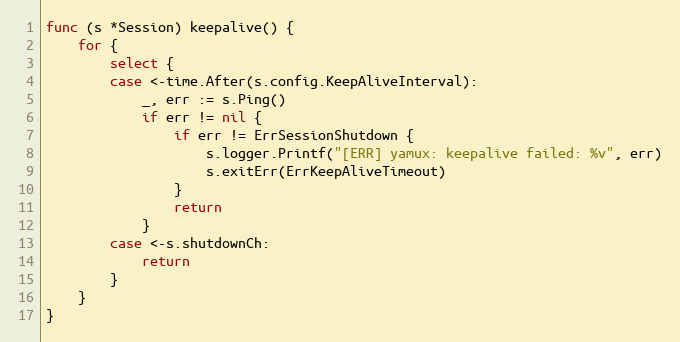
Language: Go
func (s *Session) keepalive() {
	for {
		select {
		case <-time.After(s.config.KeepAliveInterval):
			_, err := s.Ping()
			if err != nil {
				if err != ErrSessionShutdown {
					s.logger.Printf("[ERR] yamux: keepalive failed: %v", err)
					s.exitErr(ErrKeepAliveTimeout)
				}
				return
			}
		case <-s.shutdownCh:
			return
		}
	}
}